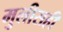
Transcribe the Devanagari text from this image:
मुलीसही